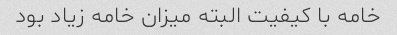
خامه با کیفیت البته میزان خامه زیاد بود